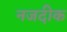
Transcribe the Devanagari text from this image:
नजदीक